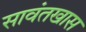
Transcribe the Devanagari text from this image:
सावंतखास